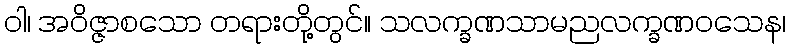
ဝါ၊ အဝိဇ္ဇာစသော တရားတို့တွင်။ သလက္ခဏသာမညလက္ခဏဝသေန၊